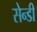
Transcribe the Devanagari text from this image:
सेन्डी